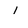
Character: 1